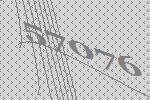
57076